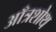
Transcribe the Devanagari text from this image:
आँत्रशोथ